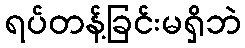
ရပ်တန့်ခြင်းမရှိဘဲ